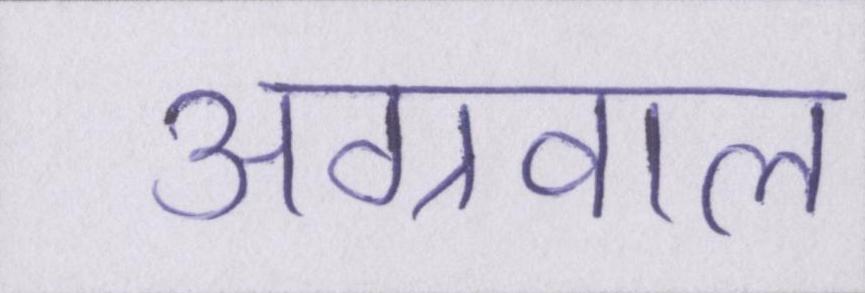
अग्रवाल